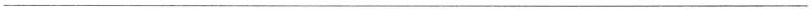
___